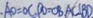
A O = O C , P O = O B A C \bot B D